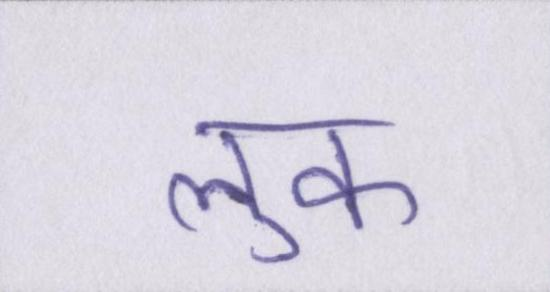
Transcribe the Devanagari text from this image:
लुक